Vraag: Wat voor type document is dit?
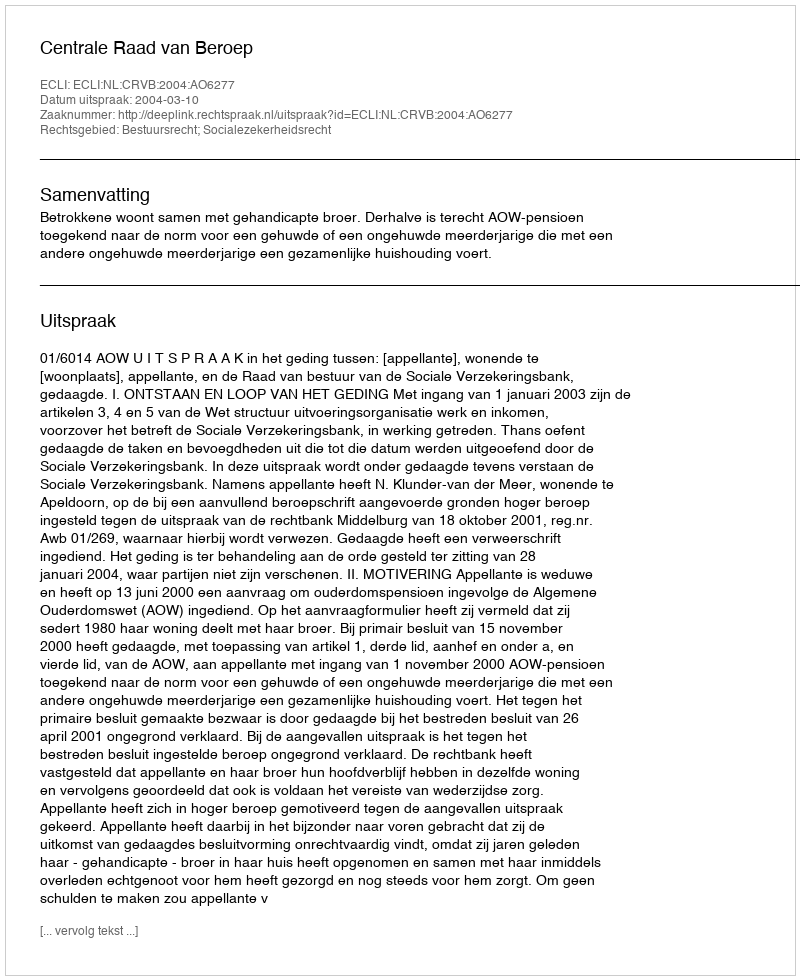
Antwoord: Uitspraak